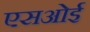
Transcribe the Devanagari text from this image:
एसओई